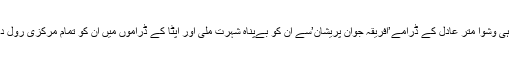
اپٹا کے لیے ہی وشوا متر عادل کے ڈرامے’افریقہ جوان پریشان’سے ان کو بےپناہ شہرت ملی اور اپٹا کے ڈراموں میں ان کو تمام مرکزی رول دیا جانے لگا۔